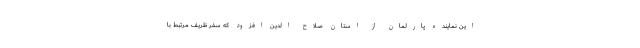
این نماینده پارلمان از استان صلاح الدین افزود که سفر ظریف مرتبط با